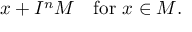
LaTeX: x + I ^ { n } M \quad { \mathrm { f o r ~ } } x \in M .